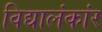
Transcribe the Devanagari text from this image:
विद्यालंकांर